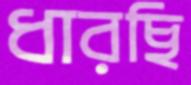
ধারছি